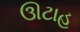
ઊટાહ